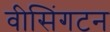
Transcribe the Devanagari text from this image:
वीसिंगटन